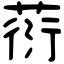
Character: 葕